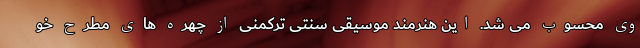
وی محسوب می شد. این هنرمند موسیقی سنتی ترکمنی از چهره های مطرح خو